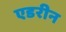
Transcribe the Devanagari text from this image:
एडरीन